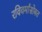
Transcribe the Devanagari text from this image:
रविवर्मांसोबत